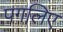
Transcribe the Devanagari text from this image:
पगलिए